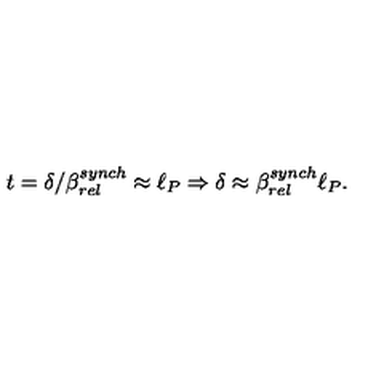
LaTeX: t = \delta / \beta _ { r e l } ^ { s y n c h } \approx \ell _ { P } \Rightarrow \delta \approx \beta _ { r e l } ^ { s y n c h } \ell _ { P } .